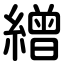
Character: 繒